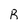
Character: R